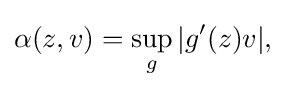
\displaystyle {\alpha (z,v)=\sup _{g}|g^{\prime }(z)v|,}